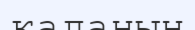
каланың